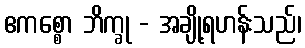
ဧကစ္စော ဘိက္ခု - အချို့ရဟန်းသည်၊